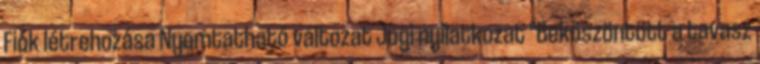
Fiók létrehozása Nyomtatható változat Jogi nyilatkozat "Beköszöntött a tavasz